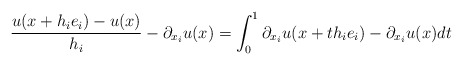
\begin{align*} \frac{u(x+h_ie_i) - u(x)}{h_i} - \partial_{x_i}u(x) = \int_0^1 \partial_{x_i}u(x+th_ie_i)-\partial_{x_i}u(x)dt\end{align*}